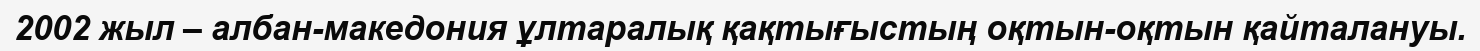
2002 жыл – албан-македония ұлтаралық қақтығыстың оқтын-оқтын қайталануы.